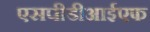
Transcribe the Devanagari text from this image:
एसपीडीआईएफ